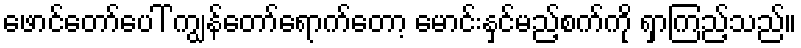
ဖောင်တော်ပေါ် ကျွန်တော်ရောက်တော့ မောင်းနှင်မည့်စက်ကို ရှာကြည့်သည်။